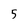
Character: 5